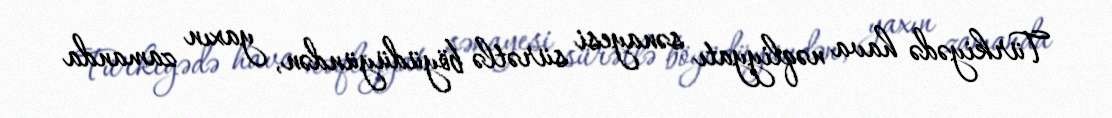
Türkiyədə hava nəqliyyatı sənayesi sürətlə böyüdüyündən, yaxın zamanda